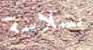
بسلاسة